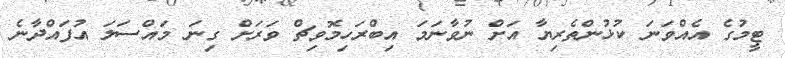
ޓީމުގެ އެއްވަނަ ކުޅުންތެރިޔާ އަށް ނުވާނަމަ އިބްރަހިމޮވިޗް ވަރަށް ގިނަ މައްސަލަ އުފައްދާނެ